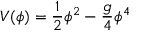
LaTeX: V ( \phi ) = \frac { 1 } { 2 } \phi ^ { 2 } - \frac { g } { 4 } \phi ^ { 4 }